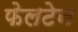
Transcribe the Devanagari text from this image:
फेलटेन